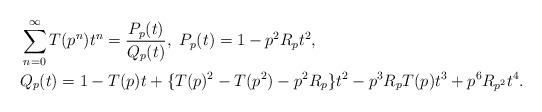
LaTeX: \begin{align*}&\sum_{n=0}^\infty T(p^n)t^n=\frac{P_{p}(t)}{Q_{p}(t)},\ P_{p}(t)=1-p^2 R_p t^2,\\&Q_{p}(t)=1-T(p)t+\{T(p)^2-T(p^2)-p^2 R_p\}t^2-p^3 R_p T(p)t^3+p^{6}R_{p^2}t^4.\end{align*}